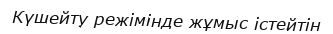
Күшейту режімінде жұмыс істейтін